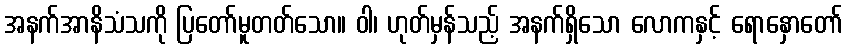
အနက်အာနိသံသကို ပြတော်မူတတ်သော။ ဝါ၊ ဟုတ်မှန်သည့် အနက်ရှိသော လောကနှင့် ရောနှောတော်